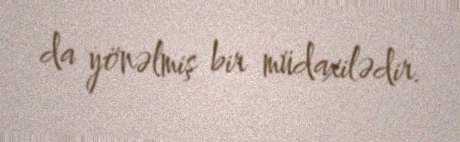
da yönəlmiş bir müdaxilədir.